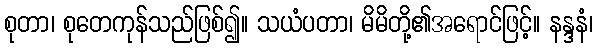
စုတာ၊ စုတေကုန်သည်ဖြစ်၍။ သယံပတာ၊ မိမိတို့၏အရောင်ဖြင့်။ နန္ဒနံ၊